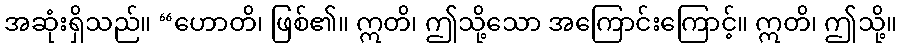
အဆုံးရှိသည်။ “ဟောတိ၊ ဖြစ်၏။ ဣတိ၊ ဤသို့သော အကြောင်းကြောင့်။ ဣတိ၊ ဤသို့။